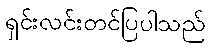
ရှင်းလင်းတင်ပြပါသည်